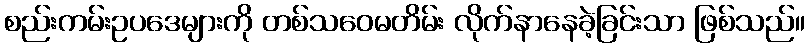
စည်းကမ်းဥပဒေများကို တစ်သဝေမတိမ်း လိုက်နာနေခဲ့ခြင်းသာ ဖြစ်သည်။